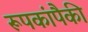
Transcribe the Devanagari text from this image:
रूपकांपैकी